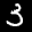
Label: 3